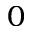
0